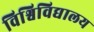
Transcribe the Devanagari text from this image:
विश्विविद्यालय